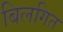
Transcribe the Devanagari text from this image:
बिलगित